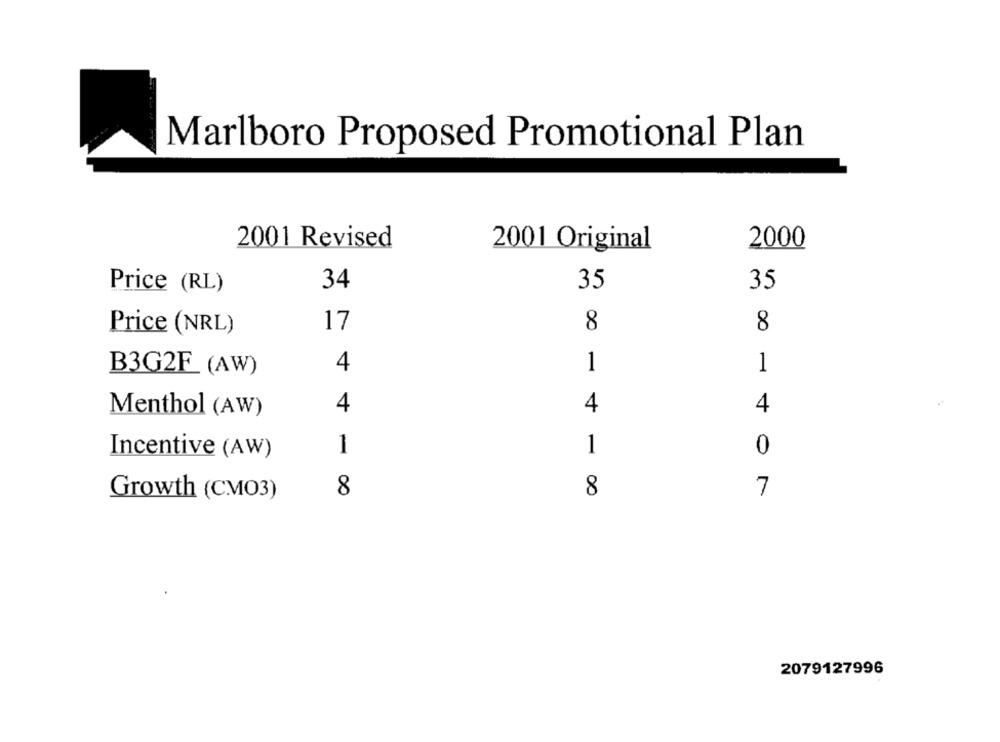
Marlboro Proposed Promotional Plan
2001 Revised
2000
2001 Original
Price (RL)
34
35
35
17
8
8
Price (NRL)
B3G2F (AW)
4
1
1
4
4
4
Menthol (AW)
Incentive (AW)
1
1
0
8
Growth (CMO3)
8
7
2079127996